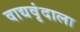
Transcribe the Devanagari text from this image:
वाद्यवृंदाला